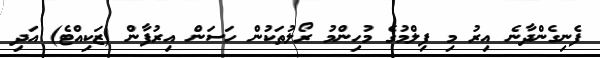
ފެނިގެންދާނެ އިރު މި ފިލްމުގެ މުހިންމު ރޯލުތަކުން ހަސަން އިރުފާން (ޒަކިއްޓެ) އަދި